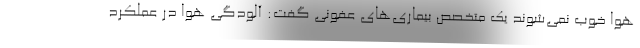
هوا خوب نمی‌شوند یک متخصص بیماری‌های عفونی گفت: آلودگی هوا در عملکرد